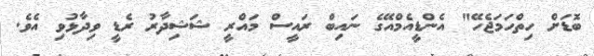
ބޮޑަށް ހިތްހަމަޖެހޭ" އެންޑީއެމްއޭގެ ނައިބް ރައީސް މައްރީ ޝަޝިދާރު ރެޑީ ވިދާޅުވި އެވެ.